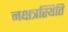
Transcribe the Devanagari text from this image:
नक्षत्रस्थिति